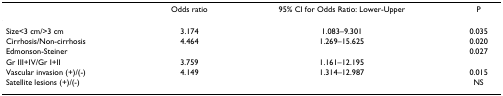
<table><thead><tr><td>[EMPTY_CELL]</td><td><b>Odds ratio</b></td><td><b>95% CI for Odds Ratio: Lower-Upper</b></td><td><b>P</b></td></tr></thead><tbody><tr><td>Size&lt;3 cm/&gt;3 cm</td><td>3.174</td><td>1.083–9.301</td><td>0.035</td></tr><tr><td>Cirrhosis/Non-cirrhosis</td><td>4.464</td><td>1.269–15.625</td><td>0.020</td></tr><tr><td>Edmonson-Steiner</td><td>[EMPTY_CELL]</td><td>[EMPTY_CELL]</td><td>0.027</td></tr><tr><td>Gr III+IV/Gr I+II</td><td>3.759</td><td>1.161–12.195</td><td>[EMPTY_CELL]</td></tr><tr><td>Vascular invasion (+)/(-)</td><td>4.149</td><td>1.314–12.987</td><td>0.015</td></tr><tr><td>Satellite lesions (+)/(-)</td><td>[EMPTY_CELL]</td><td>[EMPTY_CELL]</td><td>NS</td></tr></tbody></table>